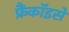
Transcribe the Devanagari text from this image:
फ्रैंकॉइसे